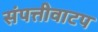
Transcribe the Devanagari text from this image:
संपत्तीवाटप